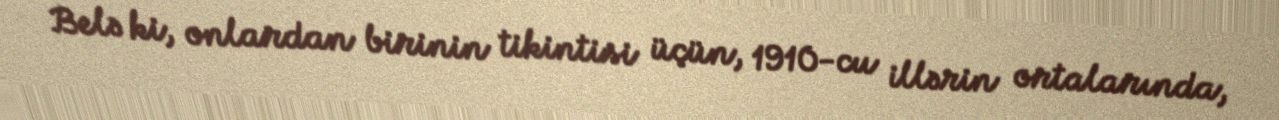
Belə ki, onlardan birinin tikintisi üçün, 1910-cu illərin ortalarında,